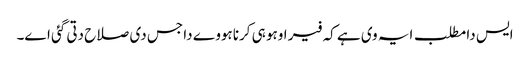
ایس دا مطلب ایہ وی ہے کہ فیر اوہو ہی کرنا ہووے دا جس دی صلاح دتی گئی اے۔